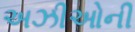
અઝીઓની